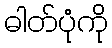
ဓါတ်ပုံကို